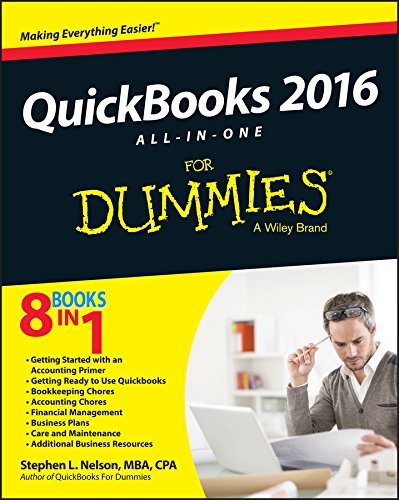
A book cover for QuickBooks 2016 All-in-One For Dummies; Stephen L. Nelson; Computers & Technology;